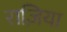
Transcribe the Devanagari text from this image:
राज़िया